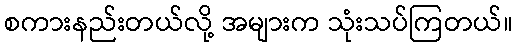
စကားနည်းတယ်လို့ အများက သုံးသပ်ကြတယ်။